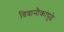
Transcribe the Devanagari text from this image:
विवानौकांपुढे